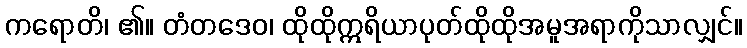
ကရောတိ၊ ၏။ တံတဒေဝ၊ ထိုထိုဣရိယာပုတ်ထိုထိုအမူအရာကိုသာလျှင်။